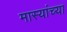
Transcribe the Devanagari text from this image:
मास्यांच्या